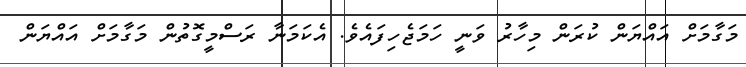
މަގާމަށް އައްޔަން ކުރަން މިހާރު ވަނީ ހަމަޖެހިފައެވެ. އެކަމަނާ ރަސްމީގޮތުން މަގާމަށް އައްޔަން